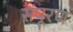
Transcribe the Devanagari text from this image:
संपूरण